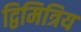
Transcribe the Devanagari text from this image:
द्विमित्रिय